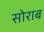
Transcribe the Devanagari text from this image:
सोराब